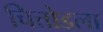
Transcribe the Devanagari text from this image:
चित्तोडला